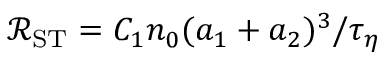
\mathscr { R } _ { \mathrm { S T } } = C _ { 1 } n _ { 0 } ( a _ { 1 } + a _ { 2 } ) ^ { 3 } / \tau _ { \eta }